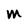
Character: M